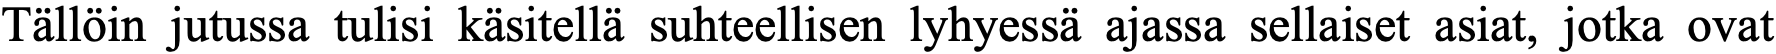
Tällöin jutussa tulisi käsitellä suhteellisen lyhyessä ajassa sellaiset asiat, jotka ovat